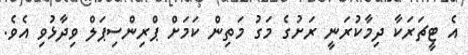
އެ ޓީޗަރަކާ ދިމާކުރަނީ ރަށުގެ މަގު މަތިން ކަމަށް ޕްރިންސިޕަލް ވިދާޅުވި އެވެ.